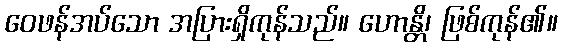
ဝေဖန်အပ်သော အပြားရှိကုန်သည်။ ဟောန္တိ၊ ဖြစ်ကုန်၏။